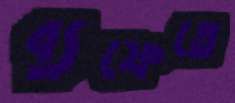
ব্যুফেতে